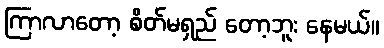
ကြာလာတော့ စိတ်မရှည် တော့ဘူး နေမယ်။